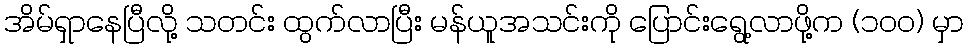
အိမ်ရှာနေပြီလို့ သတင်း ထွက်လာပြီး မန်ယူအသင်းကို ပြောင်းရွေ့လာဖို့က (၁၀၀) မှာ